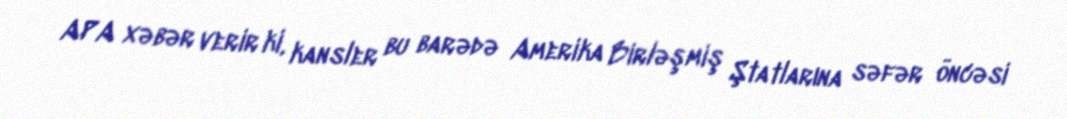
APA xəbər verir ki, kansler bu barədə Amerika Birləşmiş Ştatlarına səfər öncəsi